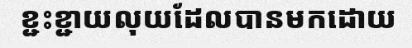
ខ្ជះខ្ជាយលុយដែលបានមកដោយ